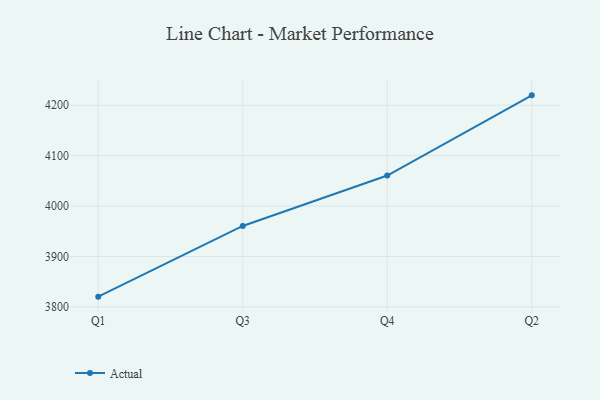
{"axis": {"x": "Quarter", "y": "Temperature (°C)"}, "legend": ["Actual"], "data": [{"x": "Q1", "y": 3820.4, "type": "Actual"}, {"x": "Q3", "y": 3960.6, "type": "Actual"}, {"x": "Q4", "y": 4060.6, "type": "Actual"}, {"x": "Q2", "y": 4219.7, "type": "Actual"}]}